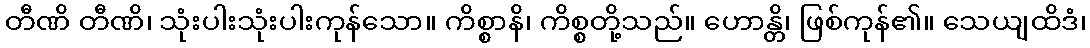
တီဏိ တီဏိ၊ သုံးပါးသုံးပါးကုန်သော။ ကိစ္စာနိ၊ ကိစ္စတို့သည်။ ဟောန္တိ၊ ဖြစ်ကုန်၏။ သေယျထိဒံ၊